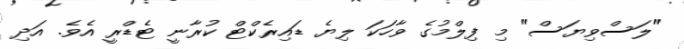
"ލަސްވިޔަސް" މި ފިލްމުގެ ވާހަކަ ލިޔެ ޑައިރެކްޓް ކުރާނީ ޓެޑްރީ އެވެ. އަދި